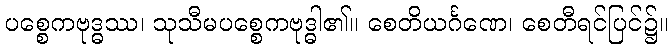
ပစ္စေကဗုဒ္ဓဿ၊ သုသီမပစ္စေကဗုဒ္ဓါ၏။ စေတိယင်္ဂဏေ၊ စေတီရင်ပြင်၌။